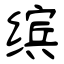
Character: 缤